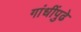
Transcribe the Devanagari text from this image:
गांधींपुढे